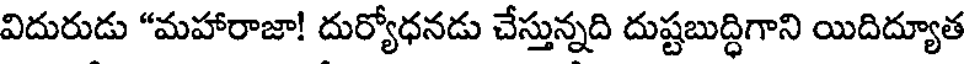
విదురుడు "మహారాజా! దుర్యోధనడు చేస్తున్నది దుష్టబుద్ధిగాని యిదిద్యూత